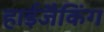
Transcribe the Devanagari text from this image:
हाईजैकिंग